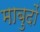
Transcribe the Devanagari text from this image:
माबुदों